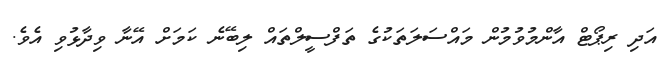
އަދި ރިޕޯޓް އާންމުވުމުން މައްސަލަތަކުގެ ތަފްސީލްތައް ލިބޭނެ ކަމަށް އޭނާ ވިދާޅުވި އެވެ.